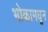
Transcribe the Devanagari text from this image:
भोकामधून